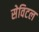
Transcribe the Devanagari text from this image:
सेविटल